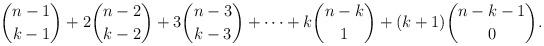
LaTeX: \begin{align*}\binom{n-1}{k-1}+2\binom{n-2}{k-2}+3\binom{n-3}{k-3}+\cdots +k\binom{n-k}{1}+(k+1)\binom{n-k-1}{0}.\end{align*}